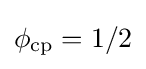
\phi _{\text{cp}}=1/2